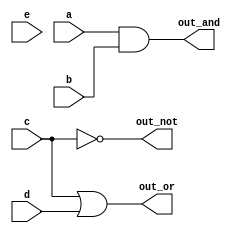
module non_blocking(out_and, out_or, out_not, a,b,c,d,e);
	input a,b,c,d,e;
	output out_and, out_or, out_not;
	
	reg out_and, out_or, out_not;
	
	always@(*)
	begin
		out_and = #6 a&&b;
		out_or = #4 c||d;
		out_not = #2 !c;
	end
endmodule